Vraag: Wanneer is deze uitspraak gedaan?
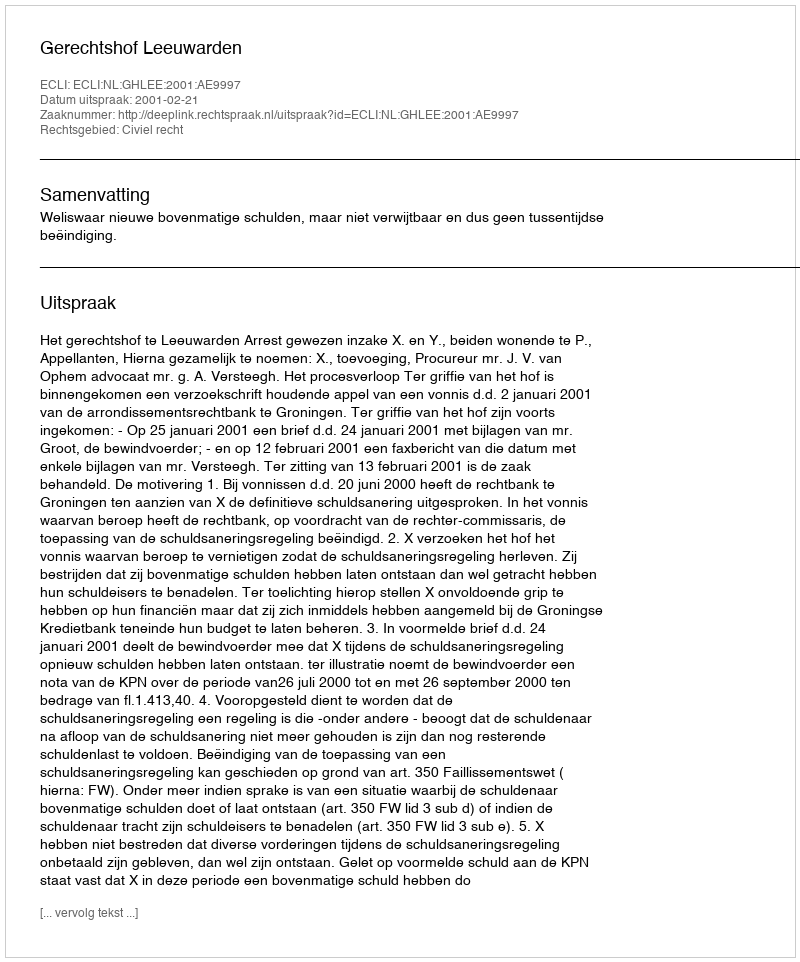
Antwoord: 2001-02-21